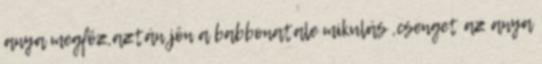
anya megfőz,aztán jön a babbonatale mikulás ,csenget az anya